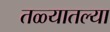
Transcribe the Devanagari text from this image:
तळ्यातल्या